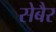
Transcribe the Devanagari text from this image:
सेबैर